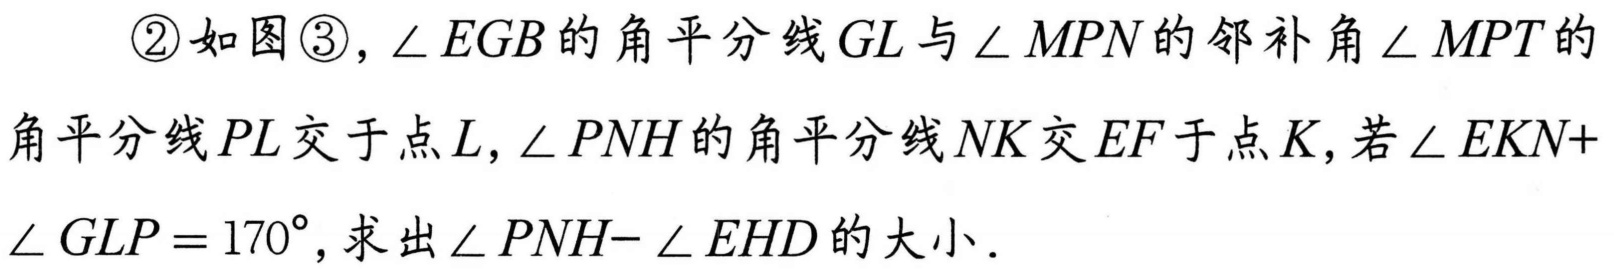
\textcircled{2}如图\textcircled{3}, \(\angle EGB\)的角平分线\(GL\)与\(\angle MPN\)的邻补角\(\angle MPT\)的
角平分线\(PL\)交于点\(L\), \(\angle PNH\)的角平分线\(NK\)交\(EF\)于点\(K\), 若\(\angle EKN +\)
\(\angle GLP=170^{\circ}\), 求出\(\angle PNH - \angle EHD\)的大小．